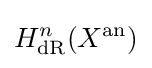
H_{\text{dR}}^{n}(X^{\text{an}})